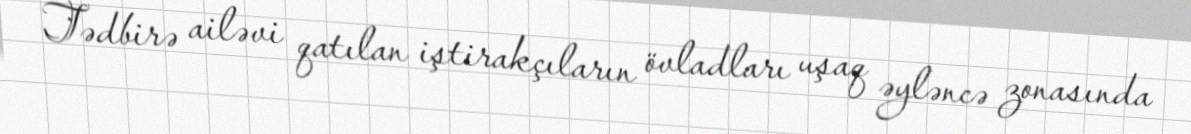
Tədbirə ailəvi qatılan iştirakçıların övladları uşaq əyləncə zonasında